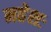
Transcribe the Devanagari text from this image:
महेशः